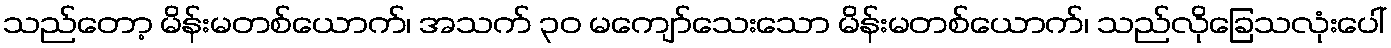
သည်တော့ မိန်းမတစ်ယောက်၊ အသက် ၃၀ မကျော်သေးသော မိန်းမတစ်ယောက်၊ သည်လိုခြေသလုံးပေါ်